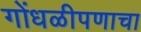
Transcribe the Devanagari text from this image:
गोंधळीपणाचा